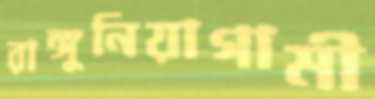
রাঙ্গুনিয়াগামী